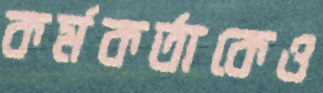
কর্মকর্তাকেও